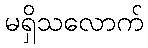
မရှိသလောက်